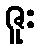
ဇူး